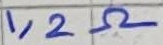
Text: 1,2Ω